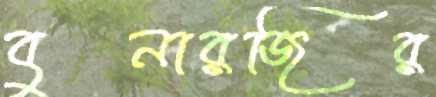
বুনারজির